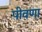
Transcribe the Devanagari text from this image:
पीवणा